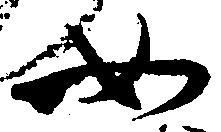
如